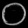
Digit: ၀